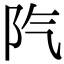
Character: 𨸛